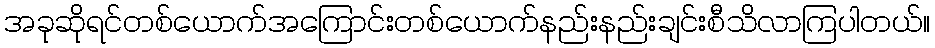
အခုဆိုရင်တစ်ယောက်အကြောင်းတစ်ယောက်နည်းနည်းချင်းစီသိလာကြပါတယ်။